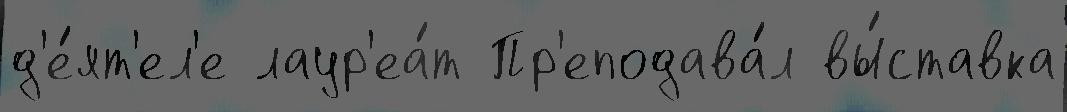
д'е́ят'ел'е лаур'еа́т Пр'еподава́л вы́ставка